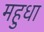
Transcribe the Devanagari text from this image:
महुधा